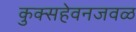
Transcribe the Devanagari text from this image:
कुक्सहेवनजवळ